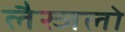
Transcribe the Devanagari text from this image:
लैस्जलो